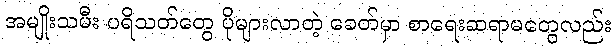
အမျိုးသမီး ပရိသတ်တွေ ပိုများလာတဲ့ ခေတ်မှာ စာရေးဆရာမတွေလည်း